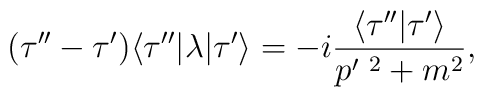
(\tau''-\tau')\langle\tau''|\lambda|\tau'\rangle=-i{\langle\tau''|\tau'\rangle\over p'^{\ 2}+m^2},